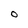
Character: O